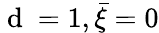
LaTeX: \mathrm{~d~}=1,\bar{\xi}=0